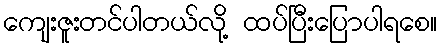
ကျေးဇူးတင်ပါတယ်လို့ ထပ်ပြီးပြောပါရစေ။